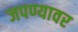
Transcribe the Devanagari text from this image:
जपण्यावर